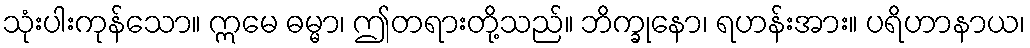
သုံးပါးကုန်သော။ ဣမေ ဓမ္မာ၊ ဤတရားတို့သည်။ ဘိက္ခုနော၊ ရဟန်းအား။ ပရိဟာနာယ၊